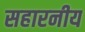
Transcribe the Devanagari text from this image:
सहारनीय